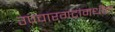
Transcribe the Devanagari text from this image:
उपचारगटांमधील